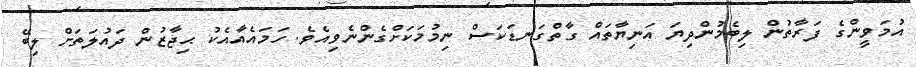
އުމަވީންގެ ފަރާތުން ލިބެމުންދިޔަ އަނިޔާތައް ގާތްގަނޑަކަސް ނިމުމަކަށްގެންނެވިއެވެ. ހަމައެއާއެކު ޙިޖާޒުން ދައުލަތަށް ލިބޭ